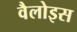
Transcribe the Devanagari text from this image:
वैलोइस